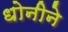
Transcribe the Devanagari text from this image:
धोनीने